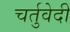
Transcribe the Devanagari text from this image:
चर्तुवेदी